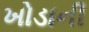
ખોડાની